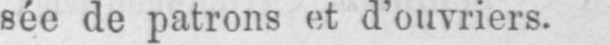
sée de patrons et d’ouvriers.